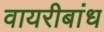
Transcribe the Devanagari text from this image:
वायरीबांध